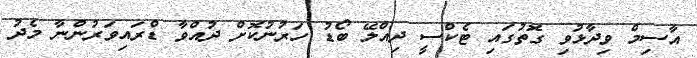
އާސިމް ވިދާޅުވި ގޮތުގައި ޓެކްސީ ދިއްލޭ ބޯޑު ހަރުނުކޮށް ދުއްވާ ޑްރައިވަރުންނާ މެދު